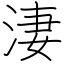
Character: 淒